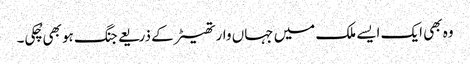
وہ بھی ایک ایسے ملک میں جہاں وار تھیٹر کے ذریعے جنگ ہو بھی چُکی۔